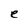
Character: e